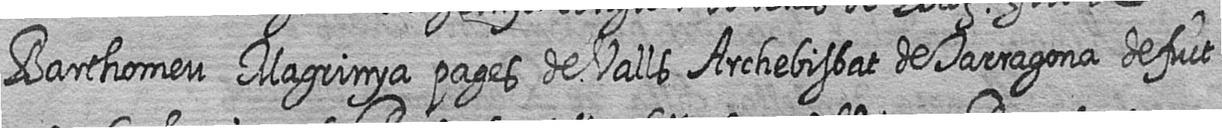
Barthomeu Magrinya pages de Valls Archebisbat de Tarragona defuct